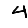
Digit: 4